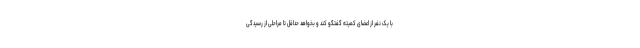
با یک نفر از اعضای کمیته گفتگو کند و بخواهد حداقل تا مراحلی از رسیدگی